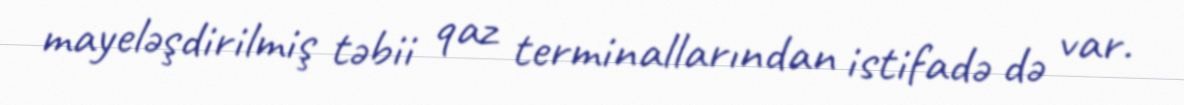
mayeləşdirilmiş təbii qaz terminallarından istifadə də var.